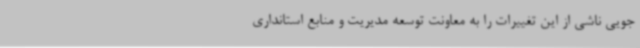
جویی ناشی از این تغییرات را به معاونت توسعه مدیریت و منابع استانداری